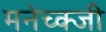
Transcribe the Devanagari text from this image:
मनेच्क्जी